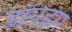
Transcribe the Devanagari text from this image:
डॉनहम